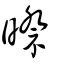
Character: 暩